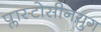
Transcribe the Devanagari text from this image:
प्लास्टोसीनयुग